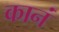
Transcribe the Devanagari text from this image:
कानं